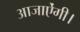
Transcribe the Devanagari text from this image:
आजाऐंगी।